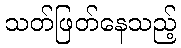
သတ်ဖြတ်နေသည့်